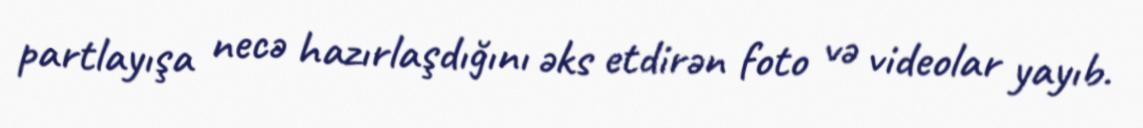
partlayışa necə hazırlaşdığını əks etdirən foto və videolar yayıb.